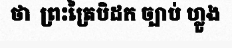
ថា  ព្រះត្រៃបិដក ច្បាប់ ហ្លួង